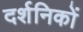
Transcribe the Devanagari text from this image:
दर्शनिकों